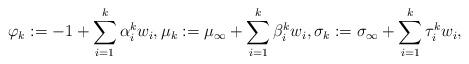
LaTeX: \begin{align*}\varphi_{k} := -1 + \sum_{i=1}^{k} \alpha_{i}^{k} w_{i}, \mu_{k} := \mu_{\infty} + \sum_{i=1}^{k} \beta_{i}^{k} w_{i}, \sigma_{k} := \sigma_{\infty} + \sum_{i=1}^{k} \tau_{i}^{k} w_{i},\end{align*}